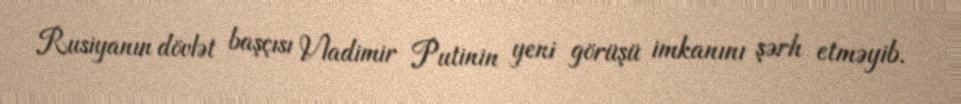
Rusiyanın dövlət başçısı Vladimir Putinin yeni görüşü imkanını şərh etməyib.